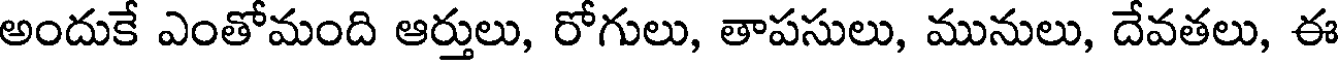
అందుకే ఎంతోమంది ఆర్తులు, రోగులు, తాపసులు, మునులు, దేవతలు, ఈ